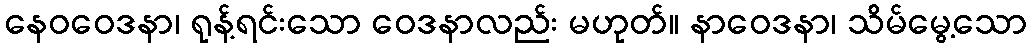
နေဝဝေဒနာ၊ ရုန့်ရင်းသော ဝေဒနာလည်း မဟုတ်။ နာဝေဒနာ၊ သိမ်မွေ့သော